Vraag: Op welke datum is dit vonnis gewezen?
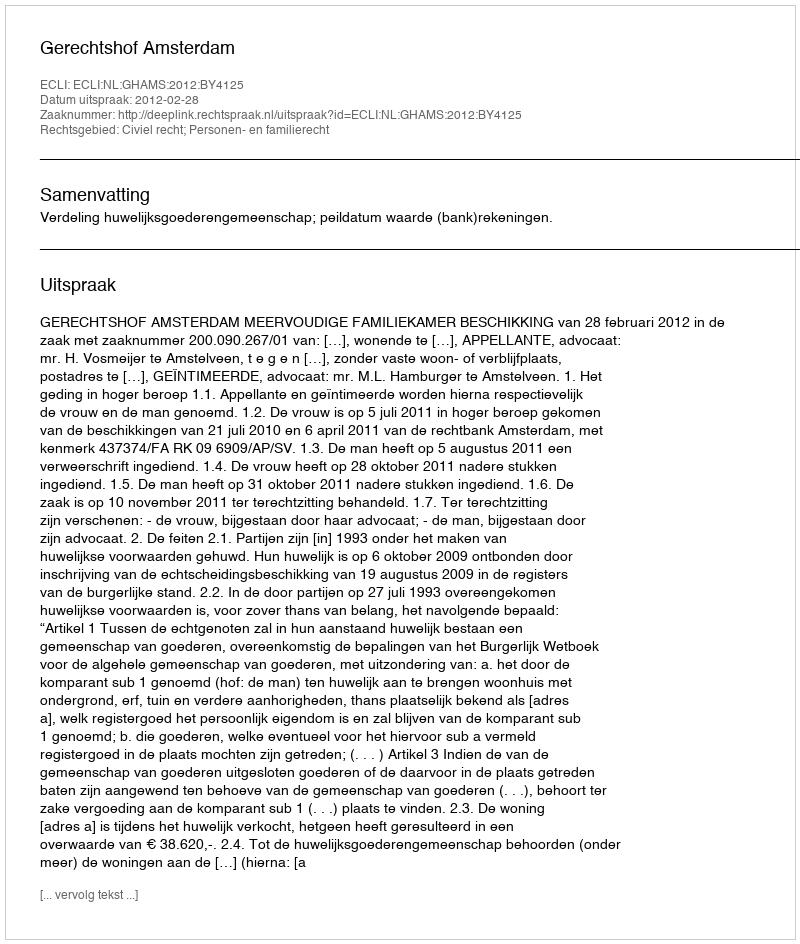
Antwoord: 2012-02-28